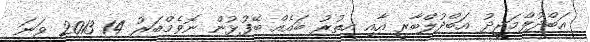
އަބްދުލްމަޖީދު އަބްދުލްބާރީ އާއި އިތުރު ބައެއް ބޭފުޅުން ނޮވެމްބަރު 14 2013 ވަނަ